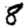
Digit: 8